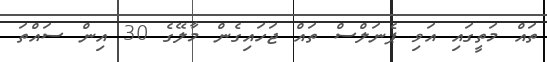
ތައް މަތީގައި އަވި ޕެނަލްސް ތައް ޖަހައިގެން މާލޭގެ 30 އިން ސައްތަ